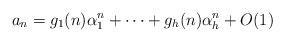
LaTeX: \begin{align*}a_n = g_1(n) \alpha_1^n + \dots +g_h(n) \alpha_h^n +O(1)\end{align*}